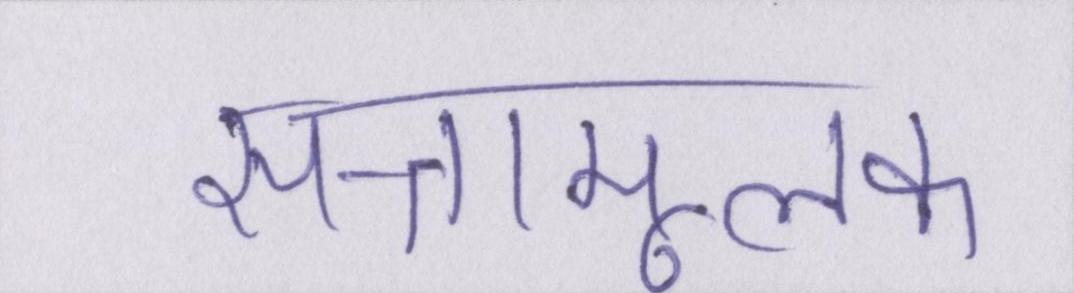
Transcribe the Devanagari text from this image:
सत्तामूलक